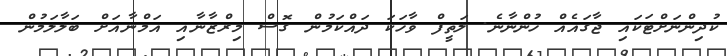
ކުދިންނަށްޓަކައި ޖާގައެއް ހުންނާނެ. ލަތީފް ވާހަކަ ދައްކަމުން ގޮސް މިރްޒާނާއި އަމްނާއަށް ބަލާލަމުން